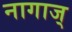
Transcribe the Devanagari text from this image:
नागाज्